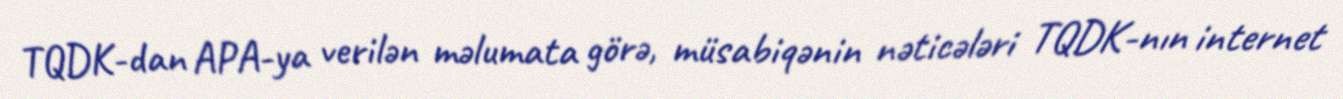
TQDK-dan APA-ya verilən məlumata görə, müsabiqənin nəticələri TQDK-nın internet